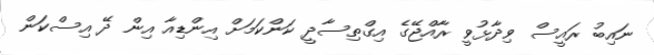
ނައިބު ރައީސް ވިދާޅުވީ ރާއްޖޭގެ އިގްތިސާދީ ކަންކަމަށް އިންޑިއާ އިން ދޭ އިސްކަން